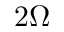
2 \Omega